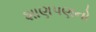
શાણપણનો